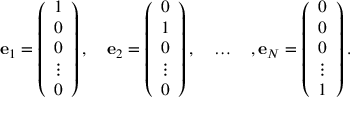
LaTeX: { \bf e } _ { 1 } = \left( \begin{array} { l } { { 1 } } \\ { { 0 } } \\ { { 0 } } \\ { { \vdots } } \\ { { 0 } } \end{array} \right) , \quad { \bf e } _ { 2 } = \left( \begin{array} { l } { { 0 } } \\ { { 1 } } \\ { { 0 } } \\ { { \vdots } } \\ { { 0 } } \end{array} \right) , \quad \ldots \quad , { \bf e } _ { N } = \left( \begin{array} { l } { { 0 } } \\ { { 0 } } \\ { { 0 } } \\ { { \vdots } } \\ { { 1 } } \end{array} \right) .